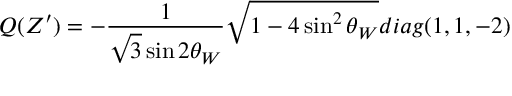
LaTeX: Q ( Z ^ { \prime } ) = - \frac { 1 } { \sqrt { 3 } \sin 2 \theta _ { W } } \sqrt { 1 - 4 \sin ^ { 2 } \theta _ { W } } d i a g ( 1 , 1 , - 2 )